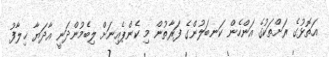
އަތޮޅުގެ ރަށްތަކުގެ އަންހެން ކަނބަލުންގެ ފަރާތުން މި ކެންޕެއިނަށް ލިބެމުންދަނީ އާދަޔާ ޚިލާފު